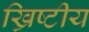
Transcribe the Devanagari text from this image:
ख्रिष्टीय